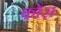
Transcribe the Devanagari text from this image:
फोरा